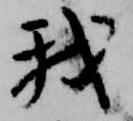
我